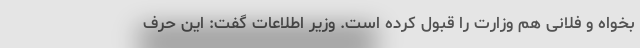
بخواه و فلانی هم وزارت را قبول کرده است. وزیر اطلاعات گفت: این حرف